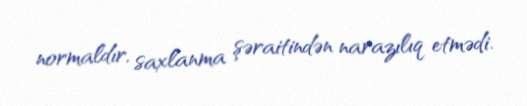
normaldır, saxlanma şəraitindən narazılıq etmədi.